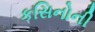
કસિનોની